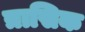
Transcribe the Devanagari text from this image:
त्रासिक